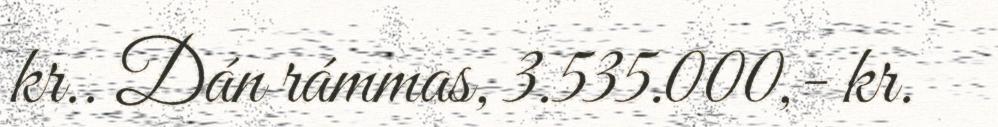
kr.. Dán rámmas, 3.535.000,- kr.